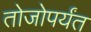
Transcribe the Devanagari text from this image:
तोजोपर्यंत